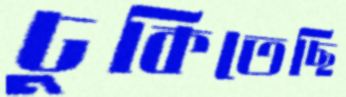
ঢুকিতেছি